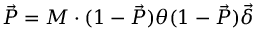
\vec { { \cal P } } = { \cal M } \cdot ( 1 - \vec { { \cal P } } ) \theta ( 1 - \vec { { \cal P } } ) \vec { \delta }